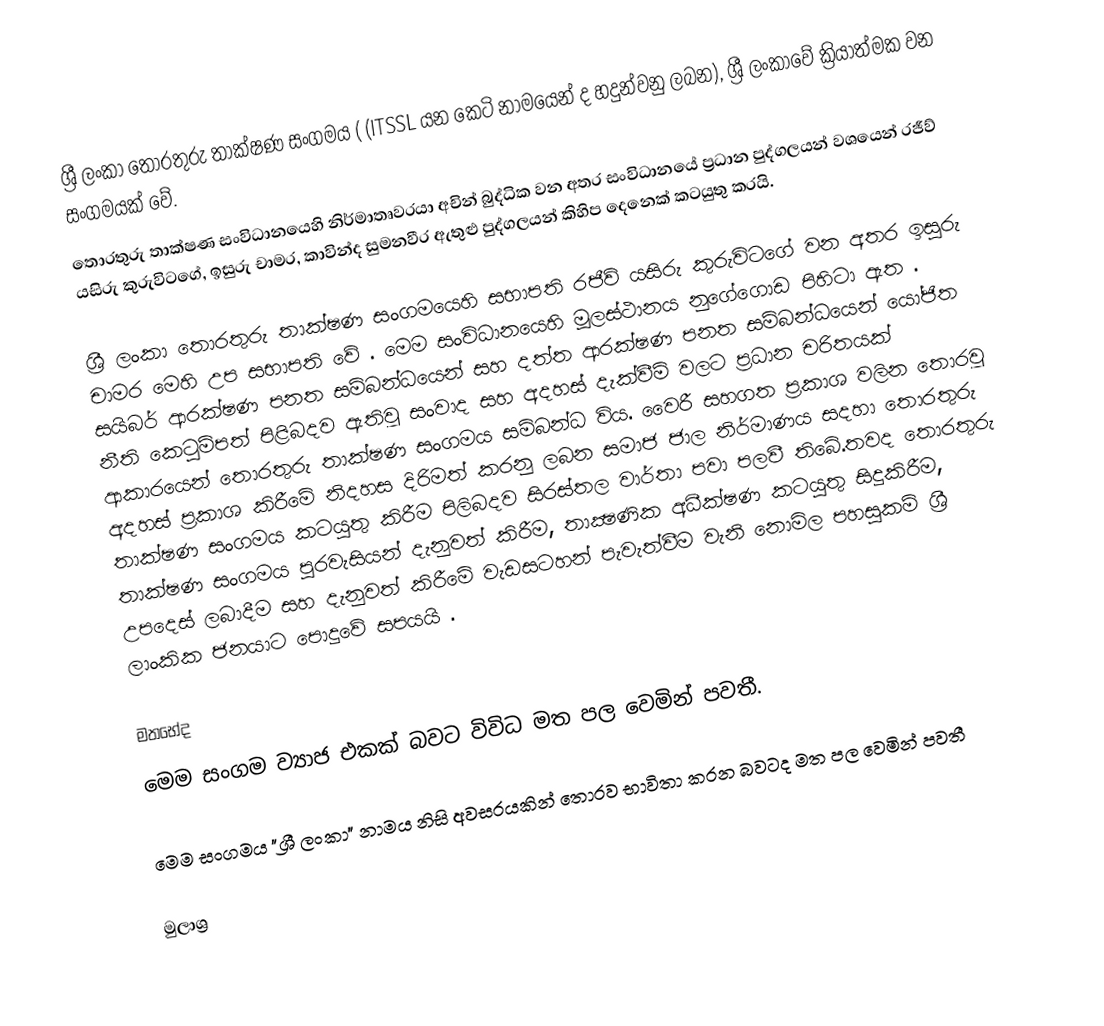
ශ්‍රී ලංකා තොරතුරු තා‌ක්ෂණ සංගමය ( (ITSSL යන කෙටි නාමයෙන් ද හදුන්වනු ලබන), ශ්‍රී ලංකාවේ ක්‍රියාත්මක වන සංගමයක් වේ.
 තොරතුරු තාක්ෂණ සංවිධානයෙහි නිර්මාතෘවරයා අචින් බුද්ධික වන අතර සංවිධානයේ ප්‍රධාන පුද්ගලයන් වශයෙන් රජීව් යසිරු කුරුවිටගේ, ඉසුරු චාමර, කාවින්ද සුමනවීර ඇතුළු පුද්ගලයන් කිහිප දෙනෙක් කටයුතු කරයි.

ශ්‍රී ලංකා තොරතුරු තාක්ෂණ සංගමයෙහි සභාපති රජීව් යසිරු කුරුවිටගේ වන අතර ඉසුරු චාමර මෙහි උප සභාපති වේ . මෙම සංවිධානයෙහි මූලස්ථානය නුගේගොඩ පිහිටා ඇත .  සයිබර් ආරක්ෂණ පනත සම්බන්ධයෙන් සහ දත්ත ආරක්ෂණ පනත සම්බන්ධයෙන් යෝජිත නීති කෙටුම්පත් පිළිබදව ඇතිවූ සංවාද සහ අදහස් දැක්වීම් වලට ප්‍රධාන චරිතයක් ආකාරයෙන් තොරතුරු තාක්ෂණ සංගමය සම්බන්ධ විය. වෛරී සහගත ප්‍රකාශ වලින තොරවූ අදහස් ප්‍රකාශ කිරීමේ නිදහස දිරිමත් කරනු ලබන සමාජ ජාල නිර්මාණය සදහා තොරතුරු තාක්ෂණ සංගමය කටයුතු කිරීම පිලිබදව සිරස්තල වාර්තා පවා පලවී තිබේ.තවද තොරතුරු තාක්ෂණ සංගමය පුරවැසියන් දැනුවත් කිරීම, තාක්‍ෂණික අධීක්ෂණ කටයුතු සිදුකිරීම, උපදෙස් ලබාදීම සහ දැනුවත් කිරීමේ වැඩසටහන් පැවැත්වීම වැනි නොමිල පහසුකම් ශ්‍රී ලාංකික ජනයාට පොදුවේ සපයයි .

මතභේද
මෙම සංගම ව්‍යාජ එකක් බවට විවිධ මත පල වෙමින් පවතී.

මෙම සංගමය "ශ්‍රී ලංකා" නාමය නිසි අවසරයකින් තොරව භාවිතා කරන බවටද මත පල වෙමින් පවතී

මුලාශ්‍ර